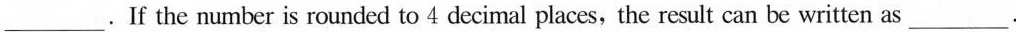
___.If the number is rounded to 4 decimal places,the result can be written as ___.